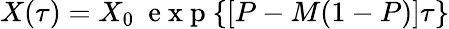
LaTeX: X(\tau)=X_{0}~\mathrm{~e~x~p~}{\left\lbrace[P-M(1-P)]\tau\right\rbrace}